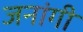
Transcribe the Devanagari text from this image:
जनांगी